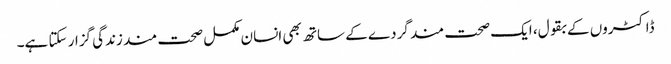
ڈاکٹروں کے بقول، ایک صحت مند گردے کے ساتھ بھی انسان مکمل صحت مند زندگی گزار سکتا ہے۔